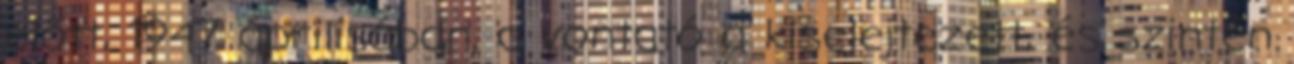
előtt, 1947 áprilisában, a vontató a kiselejtezett, és szintén